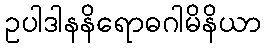
ဥပါဒါနနိရောဓဂါမိနိယာ